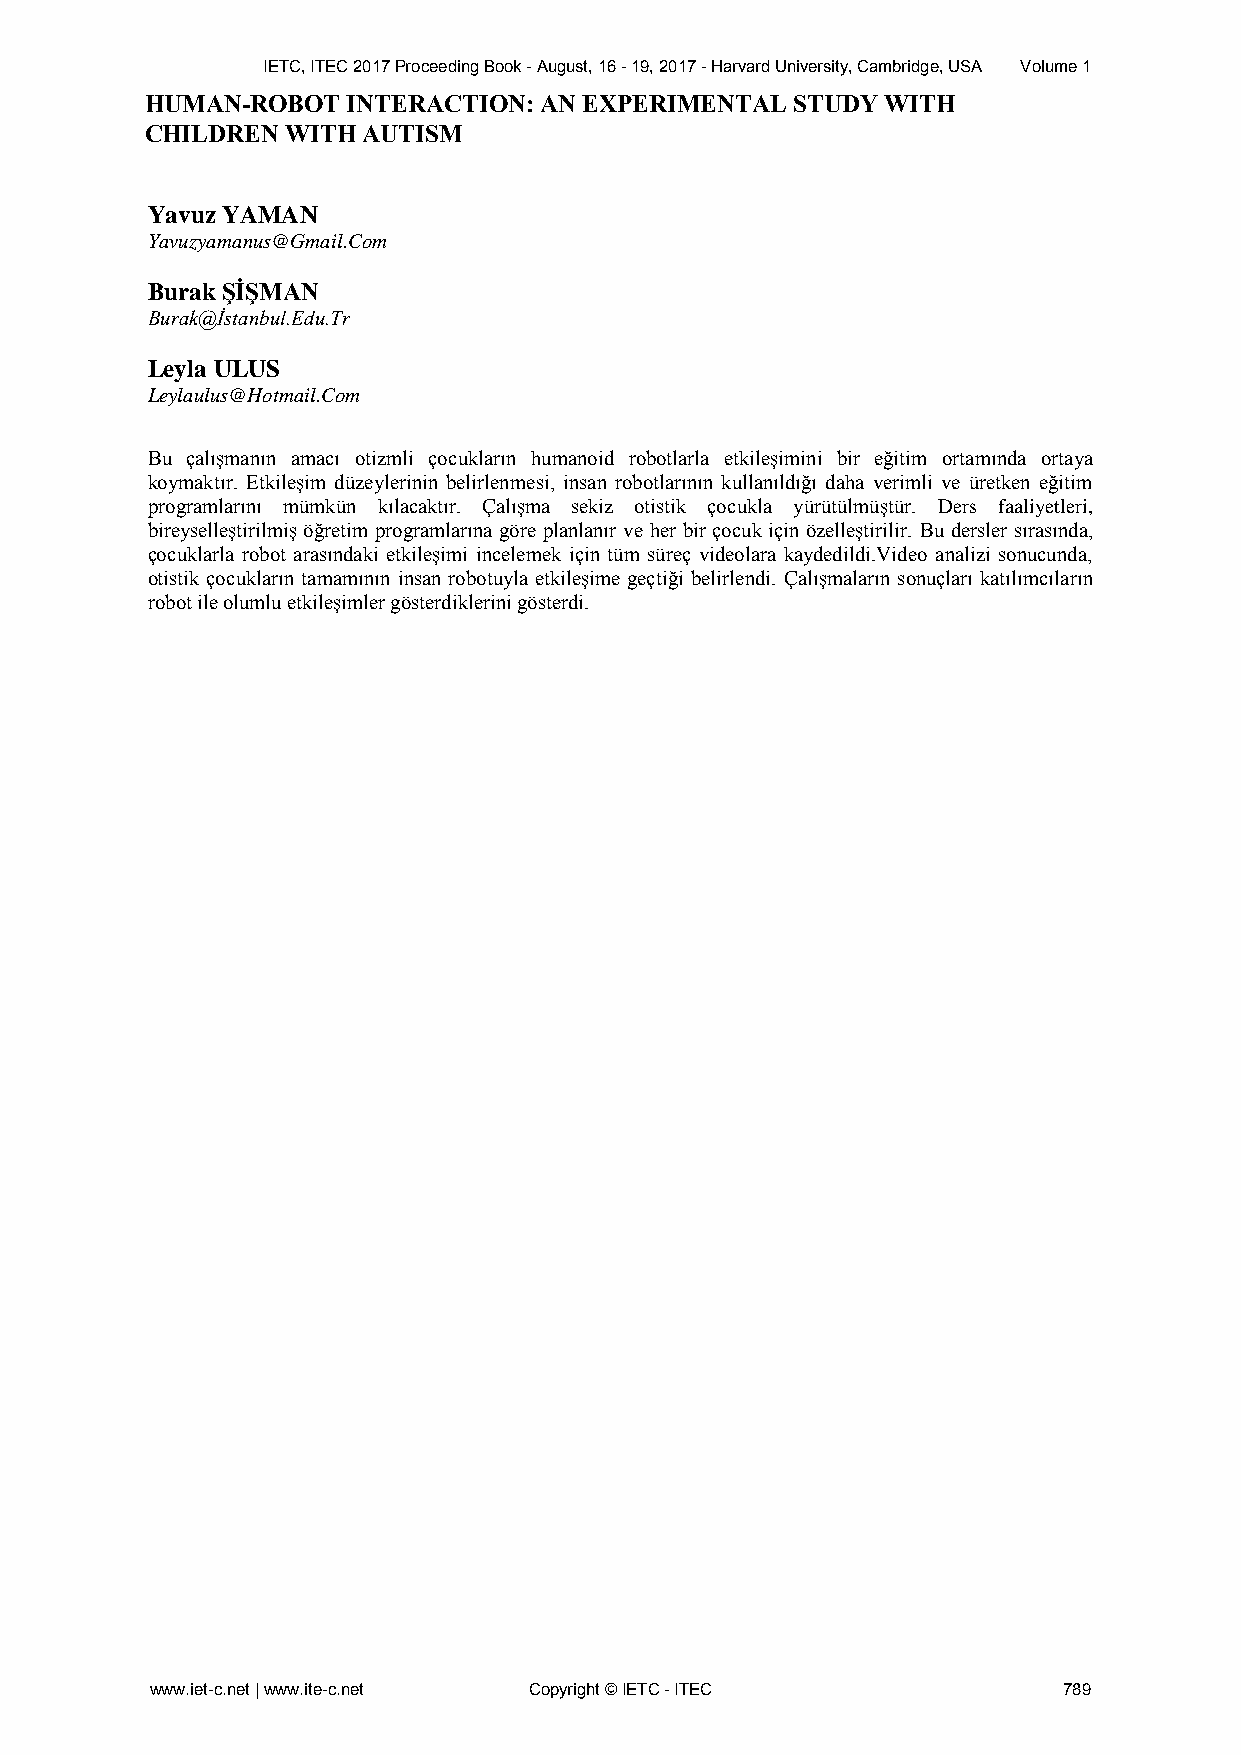
IETC, ITEC 2017 Proceeding Book - August, 16 - 19, 2017 - Harvard University, Cambridge, USA Volume 1
 HUMAN-ROBOT  INTERACTION: AN EXPERIMENTAL  STUDY WITH
 CHILDREN WITH AUTISM
 Yavuz YAMAN
 Yavuzyamanus@Gmail.Com
 Burak ŞİŞMAN
 Burak@İstanbul.Edu.Tr
 Leyla ULUS
 Leylaulus@Hotmail.Com
 Bu çalışmanın amacı otizmli çocukların humanoid robotlarla etkileşimini bir eğitim ortamında ortaya
 koymaktır. Etkileşim düzeylerinin belirlenmesi, insan robotlarının kullanıldığı daha verimli ve üretken eğitim
 programlarını mümkün kılacaktır. Çalışma sekiz otistik çocukla yürütülmüştür. Ders faaliyetleri,
 bireyselleştirilmiş öğretim programlarına göre planlanır ve her bir çocuk için özelleştirilir. Bu dersler sırasında,
 çocuklarla robot arasındaki etkileşimi incelemek için tüm süreç videolara kaydedildi.Video analizi sonucunda,
 otistik çocukların tamamının insan robotuyla etkileşime geçtiği belirlendi. Çalışmaların sonuçları katılımcıların
 robot ile olumlu etkileşimler gösterdiklerini gösterdi.
 www.iet-c.net | www.ite-c.net Copyright © IETC - ITEC       789